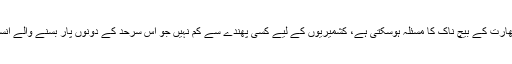
کنٹرول لائن، پاکستان اور بھارت کے بیچ ناک کا مسئلہ ہوسکتی ہے، کشمیریوں کے لیے کسی پھندے سے کم نہیں جو اس سرحد کے دونوں پار بسنے والے انسانوں کا دم گھونٹ رہی ہے۔